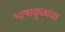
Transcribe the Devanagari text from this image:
भाषाकुळांचा